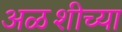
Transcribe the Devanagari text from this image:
अळशीच्या